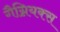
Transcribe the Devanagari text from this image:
गैग्नियक्स